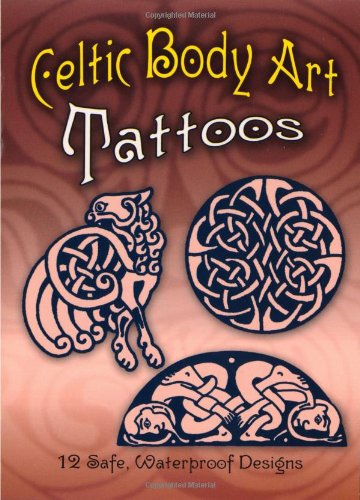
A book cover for Celtic Body Art Tattoos (Dover Tattoos); Anna Pomaska; Arts & Photography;